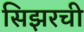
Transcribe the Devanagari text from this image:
सिझरची